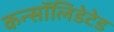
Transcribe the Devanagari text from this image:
कन्सॉलिडेटेड